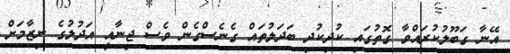
އޭނާ ގަބޫލުކުރައްވާ ގޮތުގައި ކުދިކުދި ބަދަލުތައް ގެނެސްގެން ވެސް ޖިނާއީ އަދުލުގެ ނިޒާމަށް